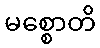
မစ္စောတိ